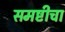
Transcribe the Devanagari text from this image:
समष्टीचा